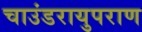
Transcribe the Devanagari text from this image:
चाउंडरायुपराण